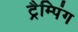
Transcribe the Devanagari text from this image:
ट्रैम्पिंग